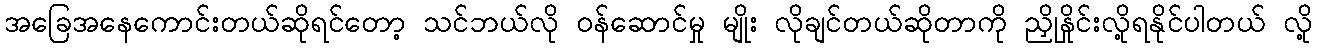
အခြေအနေကောင်းတယ်ဆိုရင်တော့ သင်ဘယ်လို ဝန်ဆောင်မှု မျိုး လိုချင်တယ်ဆိုတာကို ညှိုနှိုင်းလို့ရနိုင်ပါတယ် လို့